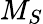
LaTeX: M_{S}